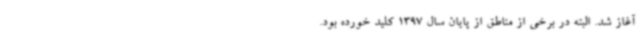
آغاز شد. البته در برخی از مناطق از پایان سال 1397 کلید خورده بود.